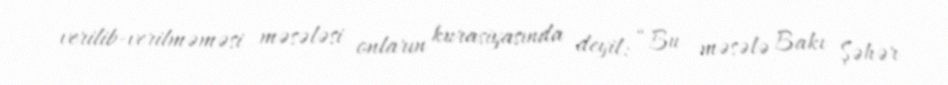
verilib-verilməməsi məsələsi onların kurasiyasında deyil: “Bu məsələ Bakı Şəhər